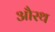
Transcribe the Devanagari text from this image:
औरथ